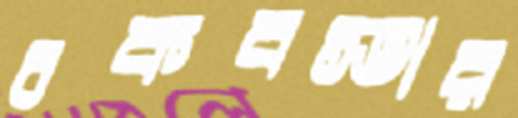
চকবস্তার